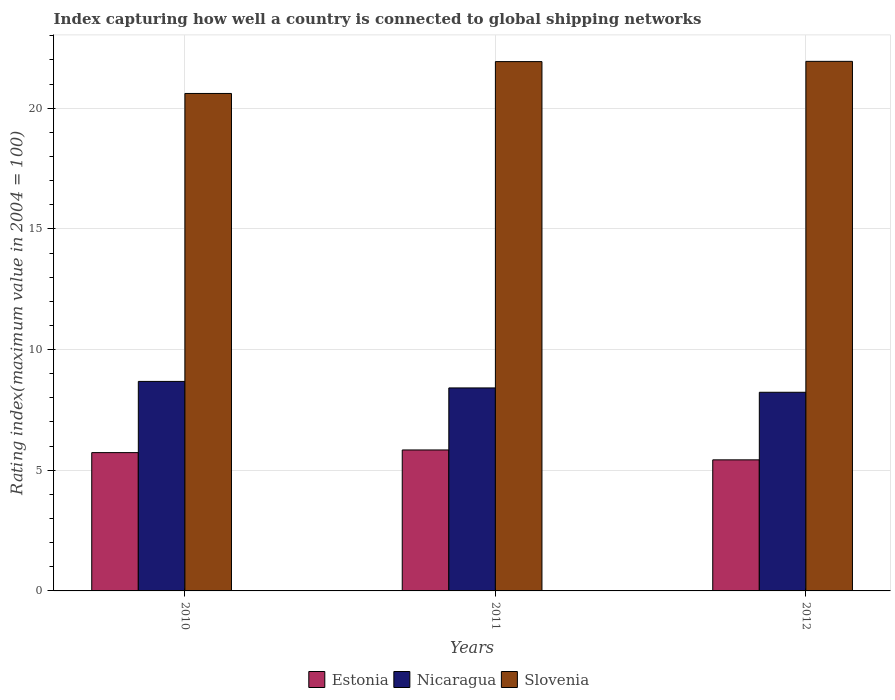
| Years | Estonia | Nicaragua | Slovenia |
 | --- | --- | --- | --- |
 | 2010 | 5.73 | 8.68 | 20.6 |
 | 2011 | 5.84 | 8.41 | 21.9 |
 | 2012 | 5.43 | 8.23 | 21.9 |